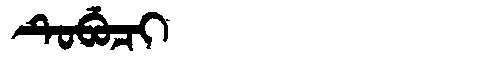
Manchu: ᡨᡠᠪᡠᠴᡳ
Romanization: TUBUCI